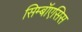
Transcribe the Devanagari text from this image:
सिम्बॉएसिस